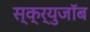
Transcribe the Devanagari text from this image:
स्क्र्युजॉब